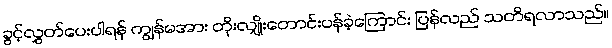
ခွင့်လွှတ်ပေးပါရန် ကျွန်မအား တိုးလျှိုးတောင်းပန်ခဲ့ကြောင်း ပြန်လည် သတိရလာသည်။